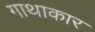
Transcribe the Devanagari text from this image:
गाथाकार